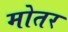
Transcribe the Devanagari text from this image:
मोतर